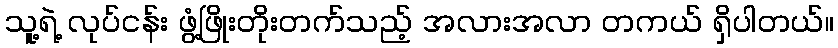
သူ့ရဲ့ လုပ်ငန်း ဖွံ့ဖြိုးတိုးတက်သည့် အလားအလာ တကယ် ရှိပါတယ်။